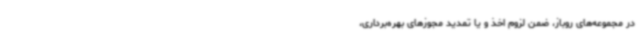
در مجموعه‌های روباز، ضمن لزوم اخذ و یا تمدید مجوزهای بهره‌برداری،